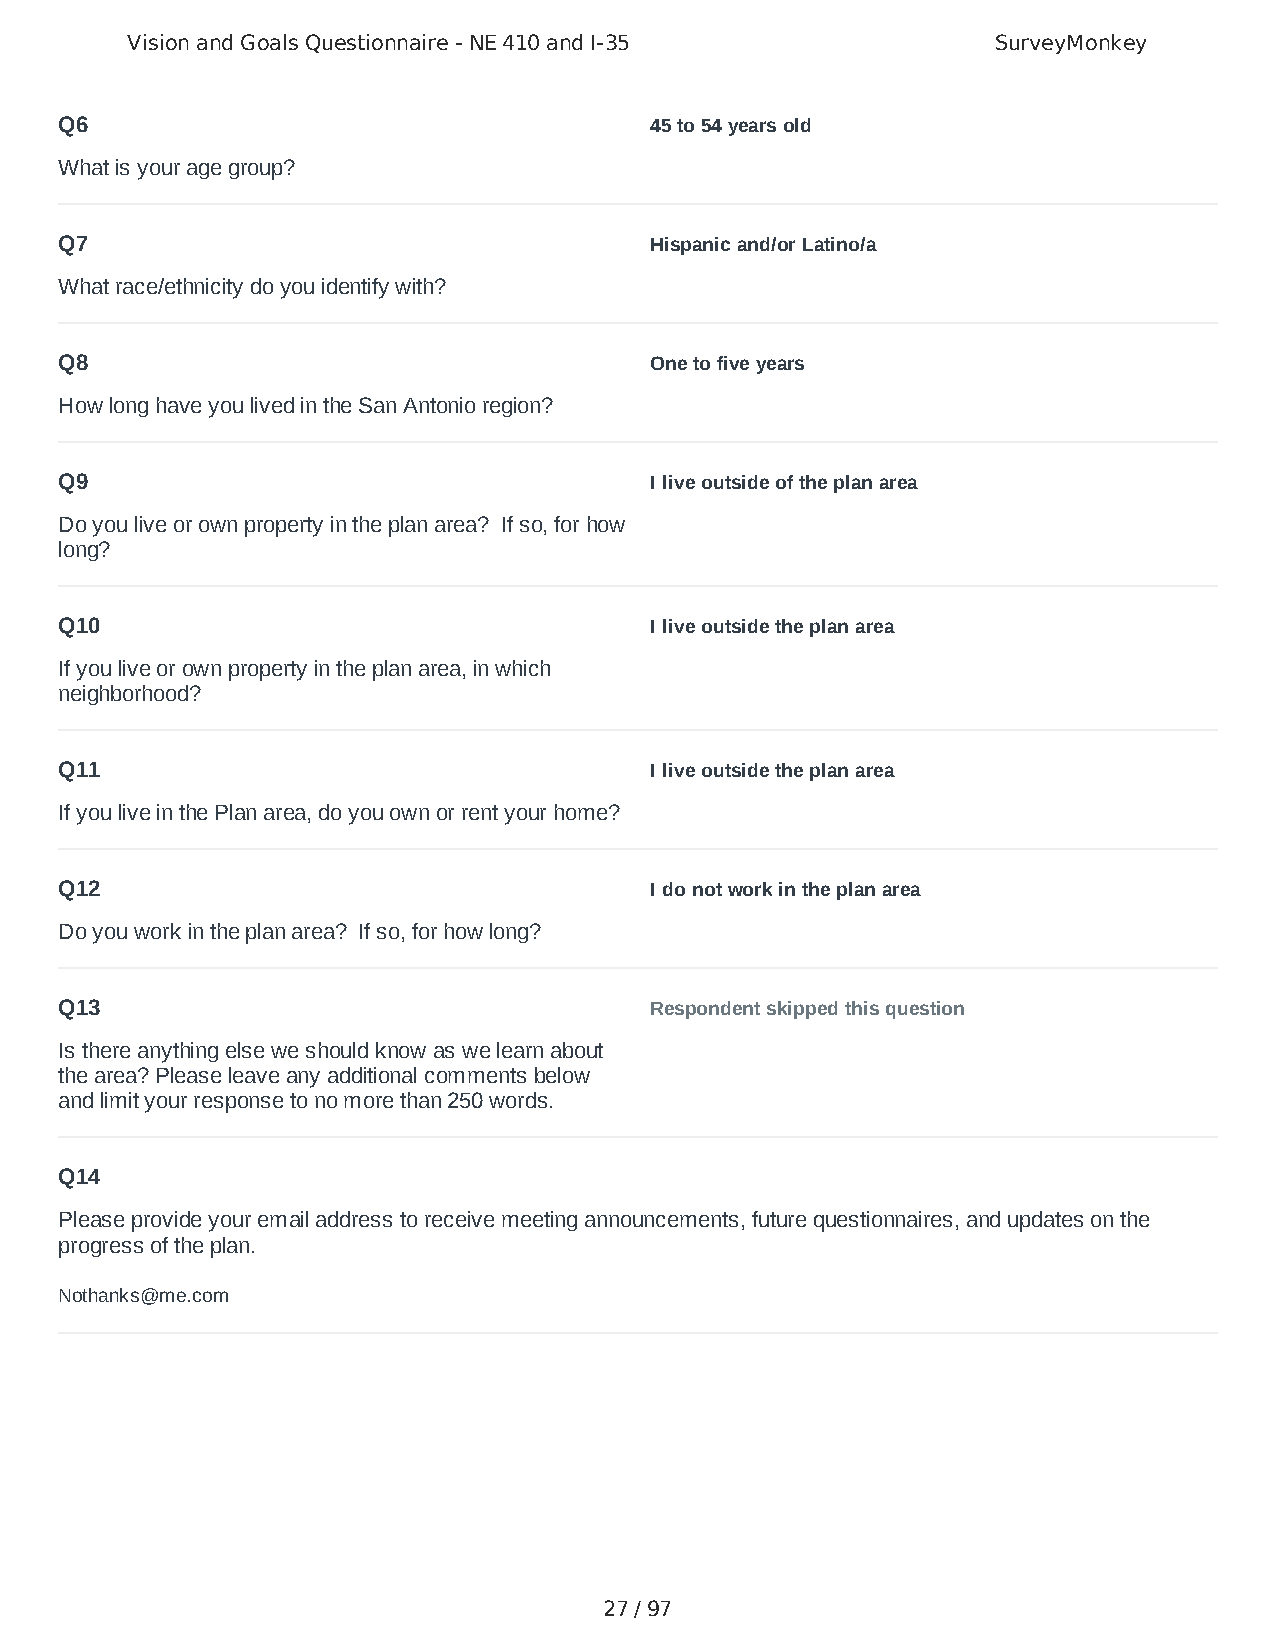
Vision and Goals Questionnaire - NE 410 and I-35          SurveyMonkey
 Q6                                     45 to 54 years old
 What is your age group?
 Q7                                     Hispanic and/or Latino/a
 What race/ethnicity do you identify with?
 Q8                                     One to five years
 How long have you lived in the San Antonio region?
 Q9                                     I live outside of the plan area
 Do you live or own property in the plan area? If so, for how
 long?
 Q10                                    I live outside the plan area
 If you live or own property in the plan area, in which
 neighborhood?
 Q11                                    I live outside the plan area
 If you live in the Plan area, do you own or rent your home?
 Q12                                    I do not work in the plan area
 Do you work in the plan area? If so, for how long?
 Q13                                    Respondent skipped this question
 Is there anything else we should know as we learn about
 the area? Please leave any additional comments below
 and limit your response to no more than 250 words.
 Q14
 Please provide your email address to receive meeting announcements, future questionnaires, and updates on the
 progress of the plan.
 Nothanks@me.com
 27 / 97